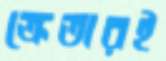
ক্রেতারই